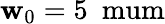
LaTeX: \mathbf{w}_{0}=5\mathrm{{\ \ mum}}